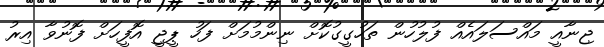
ޖިނާއީ މައްސަލައެއް ފުލުހުން ތަހުގީގުކޮށް ނިންމުމަށް ފަހު ޕީޖީ އޮފީހަށް ފޮނުވާ އިރު